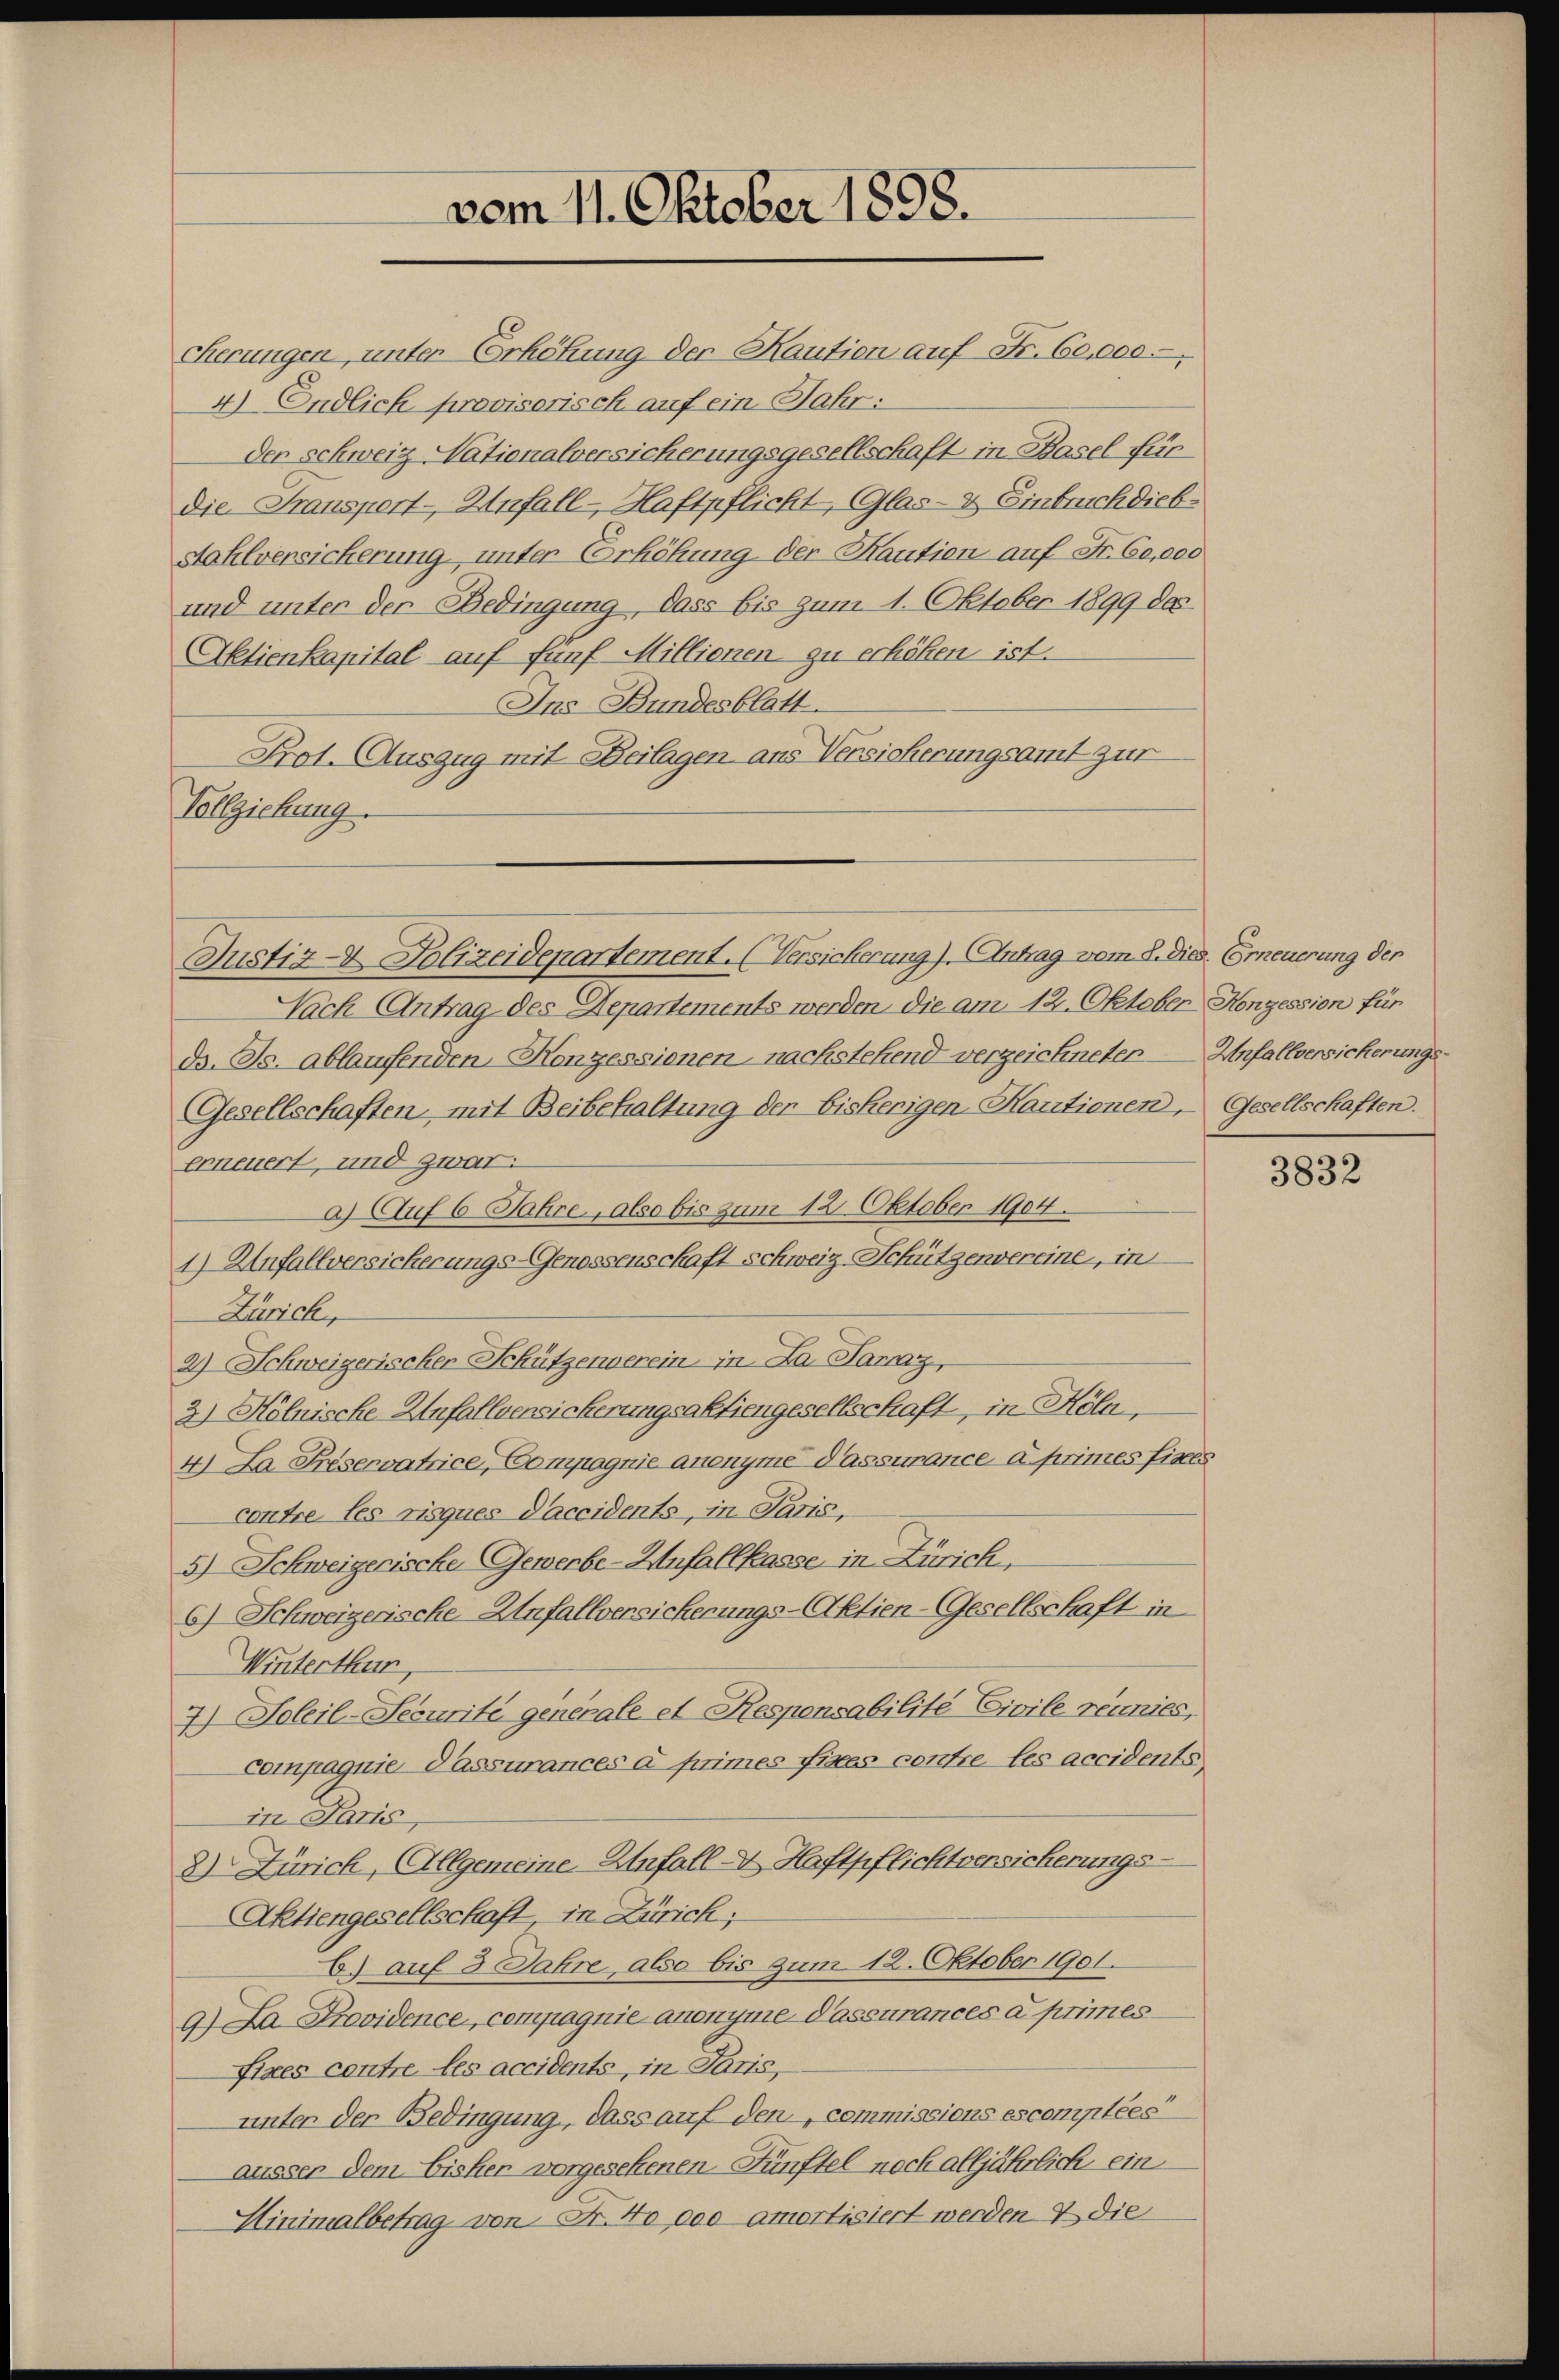
Sierungen, unter Erhöhung der Kaution auf Fr. 60,000.
4) Endlich provisorisch auf ein Jahr:
der schweiz Nationalversicherungsgesellschaft in Basel für
Die Fransport- Unfall - Haftpflicht, Glas- & Einbruch dieb¬
Stahlversicherung, unter Erhöhung der Kaution auf Fr. 60,000
und unter der Bedingung, dass bis zum 1. Oktober 1899 des
Aktienkapital auf fünf Millienen zu erhöhen ist.
Ins Bundesblatt
Prot. Auszug mit Beilagen aus Versicherungsamt zur
Vollziehung.

vom 11. Oktober 1898.

Justiz- Polizeidepartement. (Versicherung). Antrag vom 2. dies. Erneuerung der

Nach Antrag des Departements werden die am 12. Oktober Konzession für
d. Js. ablaufenden Konzessionen, nachstehend verzeichneter — Unfallversicherungs¬
Gesellschaften mit Beibehaltung der bisherigen Kautionen, Gesellschaften.
erneuert, und zwar:
a) Auf 6 Jahre, also bis zum 12. Oktober 1904.
1) Unfallversicherungs-Genossenschaft schweiz. Schützenvereine, in
Zürich,
2) Schweizerischer Schützenverein in La Parraz,
2) Hölnische Unfallversicherungsaktiengesellschaft, in Köln,
4) La Préservatrice, Compagnie anenyme Passurance à primes fixes
contre les risques Daccidents, in Paris,
5) Schweizerische Gewerbe-Unfallkasse in Zürich,
6) Schweizerische Unfallversicherungs-Aktien-Gesellschaft in
Winterthur,
7) Soleil-Securite generale et Responsabilité Civile réunies,
compagnie Passurances à primes fixes contre les accidents,
in Paris,
2) Zürich, Allgemeine Unfall-V. Haftpflichtversicherungs-
Aktiengesellschaft, in Zürich;
b) auf 3 Jahre, also bis zum 12. Oktober 1901.
9.) Da Providence, compagnie anonyme Passurances a primesfixes contre les accidents, in Paris,
unter der Bedingung, dass auf den commissions escomptées
äusser dem Bisher vorgesehenen Fünftel noch alljährlich ein
Hinimalbetrag von Fr. No poo amortisiert werden & die

3832